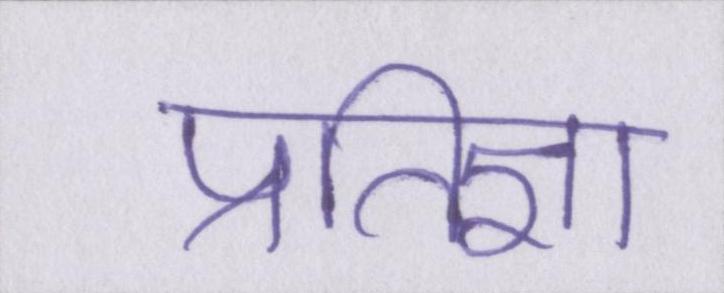
प्रतिज्ञा